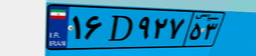
۶۷D۳۹۸۵۹